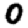
Digit: 0